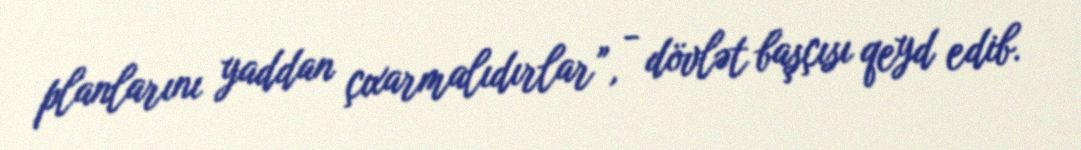
planlarını yaddan çıxarmalıdırlar”, - dövlət başçısı qeyd edib.